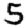
Digit: 5